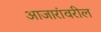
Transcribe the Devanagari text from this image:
आजारांवरील